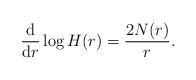
LaTeX: \begin{align*} \frac{\mathrm{d}}{\mathrm{d}r} \log H(r) = \frac{2N(r)}{r}.\end{align*}